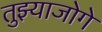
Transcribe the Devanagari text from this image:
तुझ्याजोगे